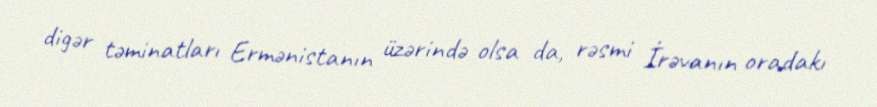
digər təminatları Ermənistanın üzərində olsa da, rəsmi İrəvanın oradakı